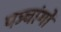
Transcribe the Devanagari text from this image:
पञ्चांगाें